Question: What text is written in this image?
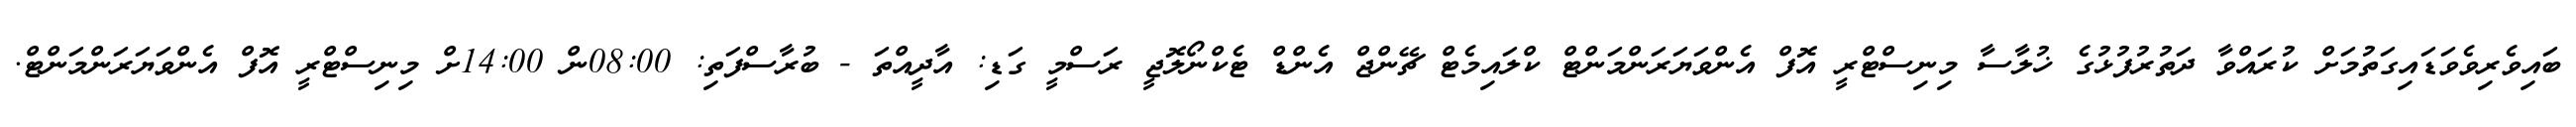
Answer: ބައިވެރިވެވަޑައިގަތުމަށް ކުރައްވާ ދަތުރުފުޅުގެ ޚުލާސާ މިނިސްޓްރީ އޮފް އެންވަޔަރަންމަންޓް ކްލައިމެޓް ޗޭންޖް އެންޑް ޓެކްނޯލޮޖީ ރަސްމީ ގަޑި: އާދީއްތަ - ބުރާސްފަތި: 08:00ން 14:00ށް މިނިސްޓްރީ އޮފް އެންވަޔަރަންމަންޓް.